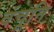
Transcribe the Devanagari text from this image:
वंचूनि